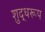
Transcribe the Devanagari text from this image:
शुद्धरूप